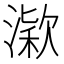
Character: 𣼋